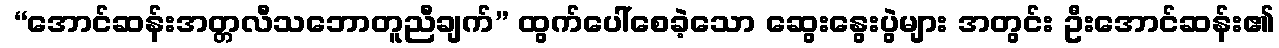
 “အောင်ဆန်းအတ္တလီသဘောတူညီချက်” ထွက်ပေါ်စေခဲ့သော ဆွေးနွေးပွဲများ အတွင်း ဦးအောင်ဆန်း၏